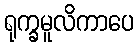
ရုက္ခမူလိကာပေ